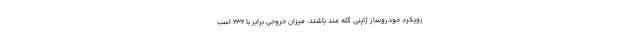
رویکرد خودروساز ژاپنی گله مند باشند. میزان خروجی برابر با 232 اسب